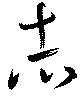
志